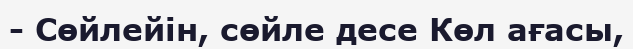
- Сөйлейін, сөйле десе Көл ағасы,